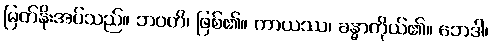
မြတ်နိုးအပ်သည်။ ဘဝတိ၊ ဖြစ်၏။ ကာယဿ၊ ခန္ဓာကိုယ်၏။ ဘေဒါ၊